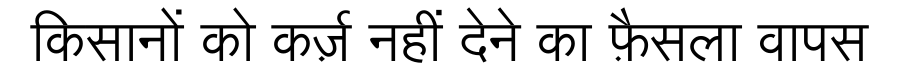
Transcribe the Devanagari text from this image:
किसानों को कर्ज़ नहीं देने का फ़ैसला वापस